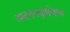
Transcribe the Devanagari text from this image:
भाटकरबुवांनाच